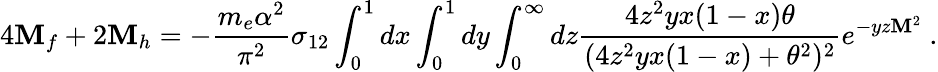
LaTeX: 4{\cal\mathbf{M}}_{f}+2{\cal\mathbf{M}}_{h}=-{\frac{{m_{e}\alpha^{2}}}{{\pi^{2}}}}\sigma_{12}\int_{0}^{1}dx\int_{0}^{1}dy\int_{0}^{\infty}dz{\frac{{4z^{2}yx(1-x)\theta}}{{(4z^{2}yx(1-x)+\theta^{2})^{2}}}}e^{-yz\mathbf{M}^{2}}\ .